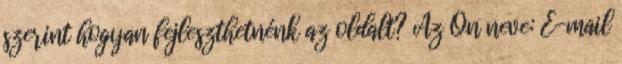
szerint hogyan fejleszthetnénk az oldalt? Az Ön neve: E-mail